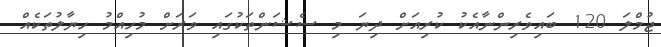
ޖުމްލަ 120 ބައިވެެރިންނާއެކު ކުރިއަށް ދިޔަ މި ސެޝަންތަކުގައި ވަރަށް މުހިއްމު ހިޔާލުތަކެއް